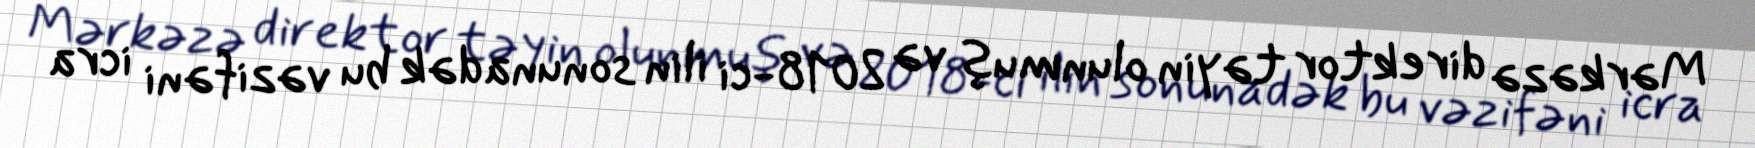
Mərkəzə direktor təyin olunmuş və 2018-ci ilin sonunadək bu vəzifəni icra